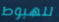
للهبوط